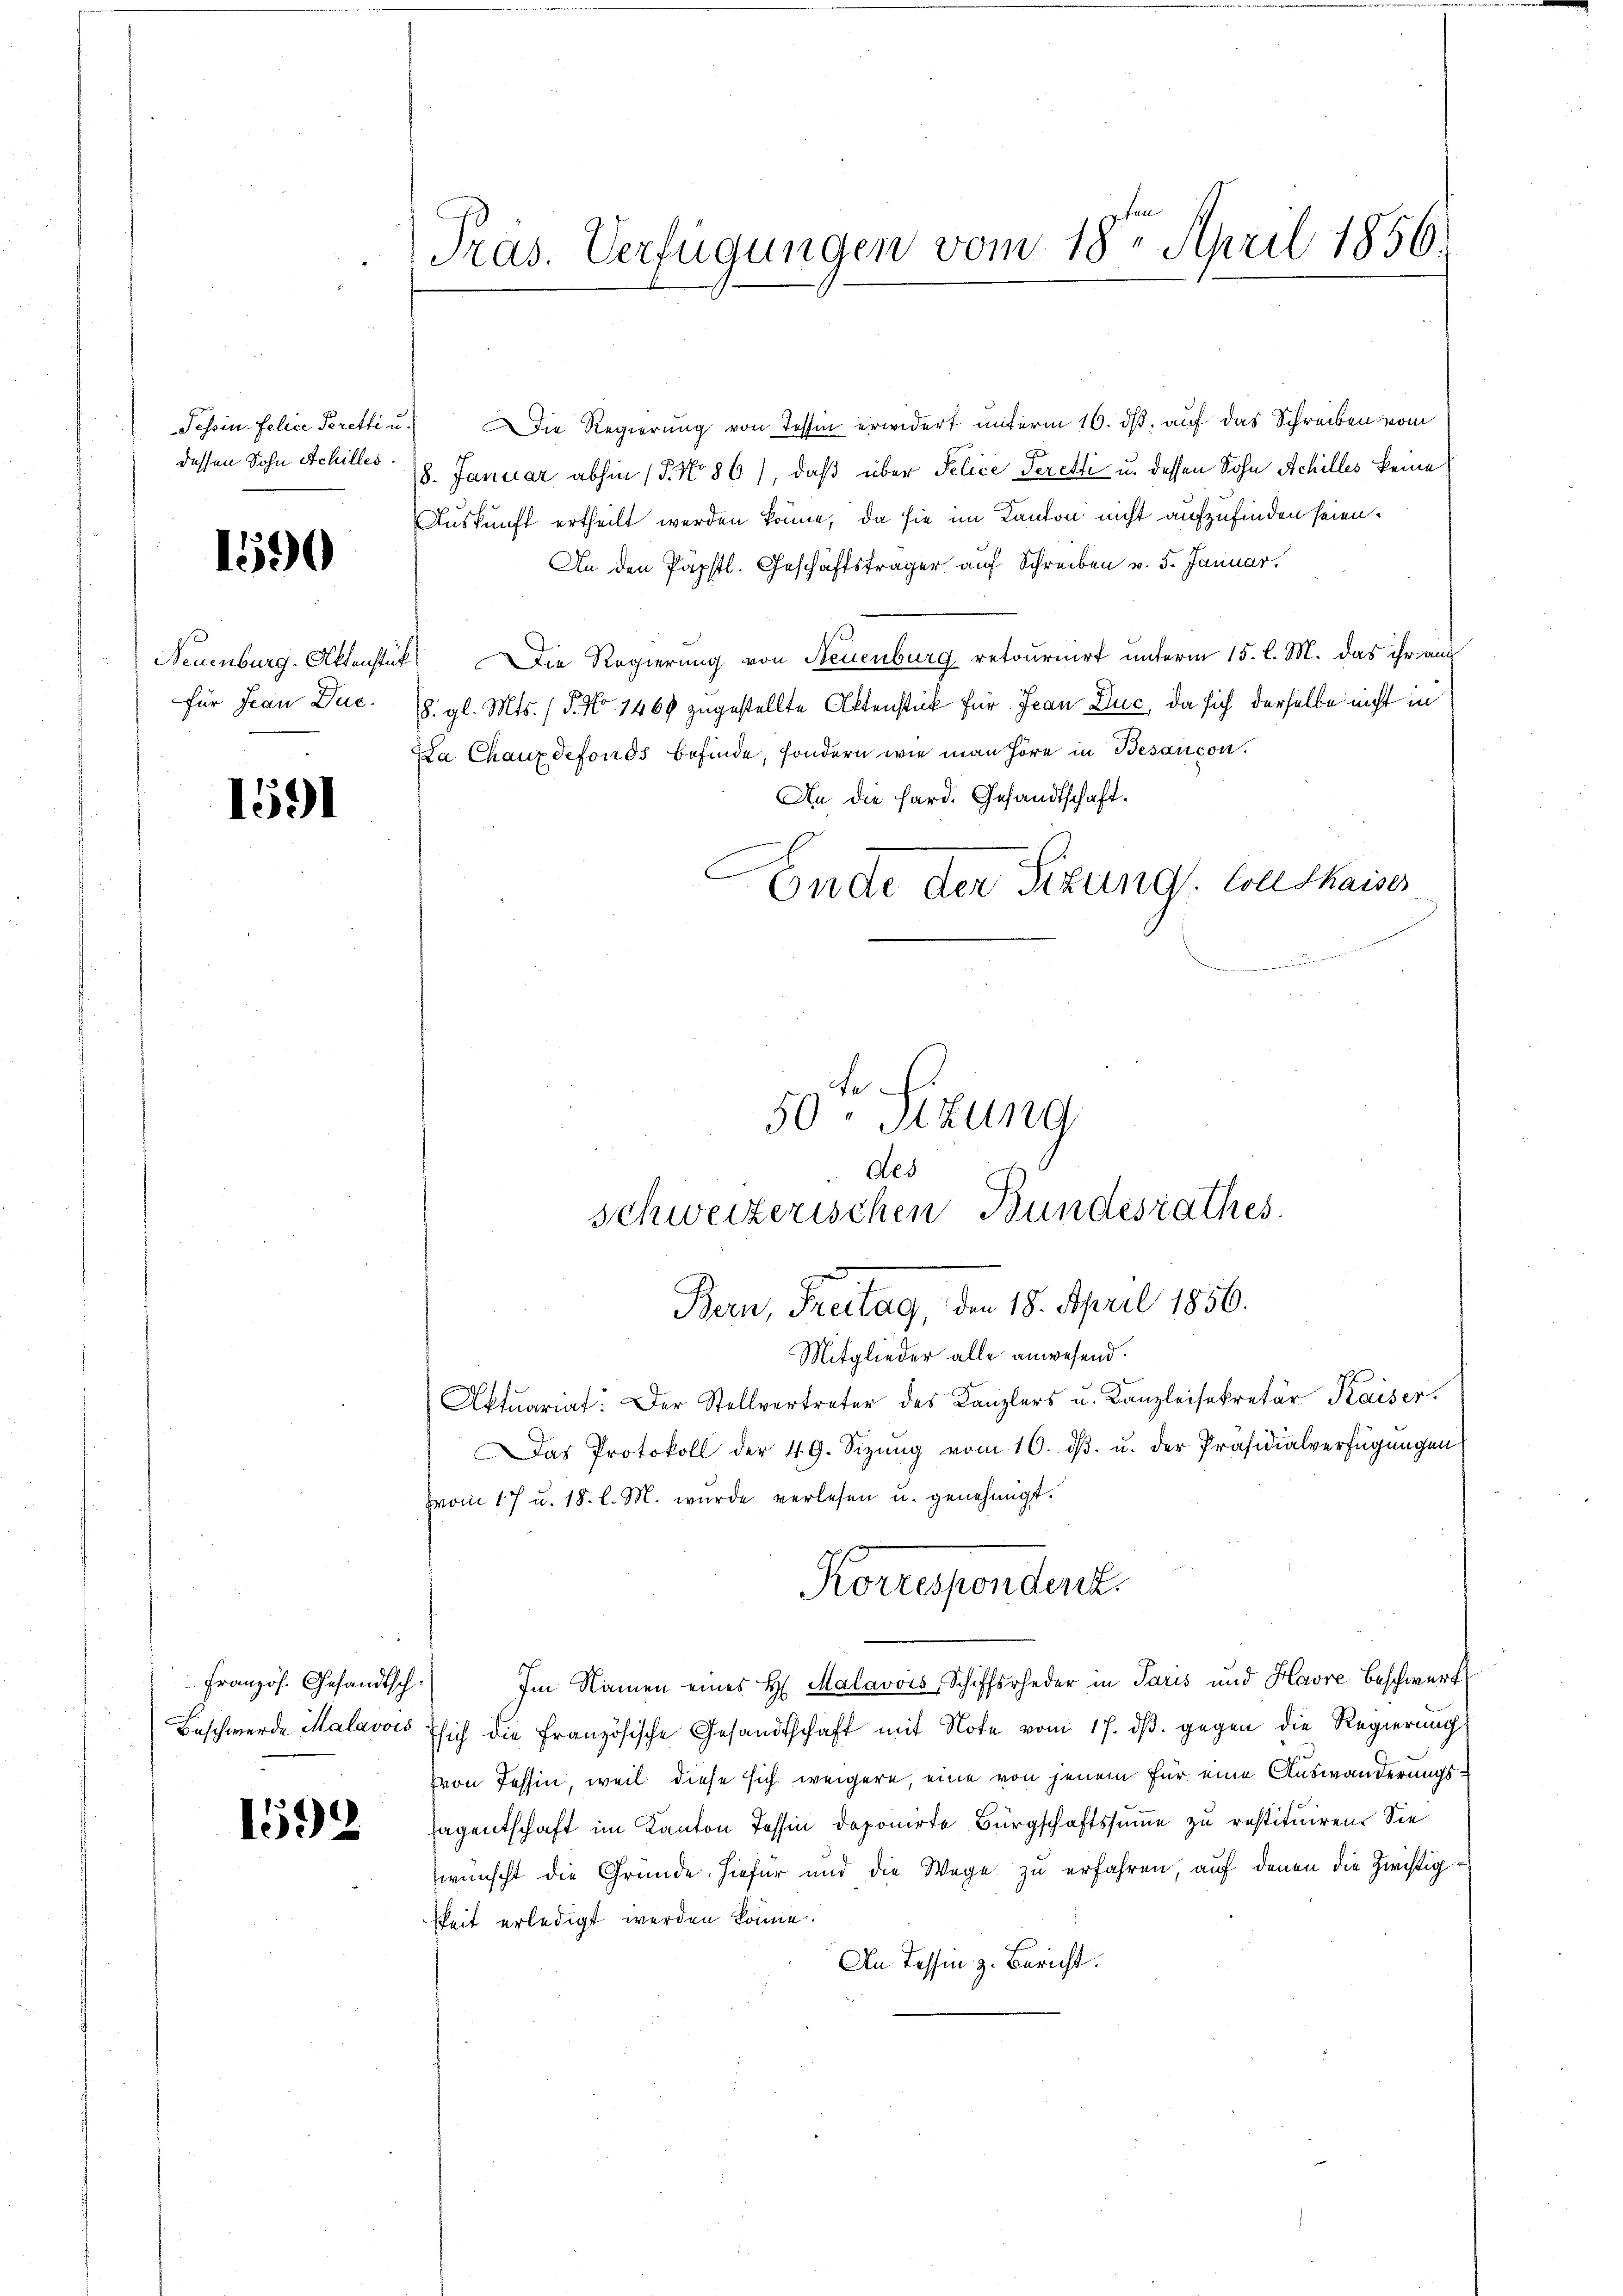
Tessin. Felice Prettin
dessen Sohn Achilles.

1590

Neuenburg. Aktenstüfür Frau Dec.

1591

192

Präs. Verfügungen vom 18ten April 1856.

ie Regierung von Tessin erwidert unterm 16. dß, auf das Schreiben vom
18. Januar abhin (T. No 86), daß über Pelice Peretti u. dessen Sohn Achilles keine
Auskunft ertheilt werden könne, da sie im Kanton nicht aufzufinden seien.
An den Päpstl. Geschäftsträger auf Schreiben v. 5. Januar.
Die Regierung von Neuenburg retournirt unterm 15. l. M. das ihr aus
8. gl. Mts. (T. No 1469 zugestellte Aktenstück für Jean Duc, da sich derselbe nicht in
La Chauxdefonds befinde, sondern wie man höre in Besançon.
An die Hard. Gesandtschaft¬
Mitglieder alle anwesend.
Aktuariat. Der Stellvertreter des Kanzlers u. Kanzleisekretär Kaiser.
Das Protokoll der 49. Sizŭng vom 10. dβ. u. der Präsidialverfügungen
vom 17 u. 18. l. M. wurde verlesen u. genehmigt.
Korrespondert.
französ. Gesandtsch. Im Namen eines H. Malavois Schiffsrheder in Paris und Havre beschwert
Beschwerde Malavois sich die französische Gesandtschaft mit Note vom 17. dβ. gegen die Regierung
(von Tessin, weil diese sich weigere, eine von jenem für eine Auswanderungs¬
8
agentschaft im Kanton Tessin deponirte Bürgschaftssumme zu restituiren. Sie
wünscht die Gründe hiefür und die Wege zu erfahren, auf denen die Zwistiggkeit erledigt werden könne
An Tessin, z. Bericht.

Ende der Sizung: Coutkaiser

50. Sizung
des
schweizerischen Bundesrathes.
Bern, Freitag, den 18. April 1856.